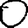
Digit: 0